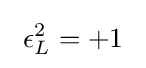
~\epsilon _{L}^{2}=+1~